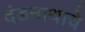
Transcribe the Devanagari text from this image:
दंडनाथाचे